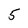
Character: 5